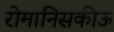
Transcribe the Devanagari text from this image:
रोमानिसकीऊ